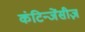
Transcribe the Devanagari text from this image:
कंटिन्जेंसीज़